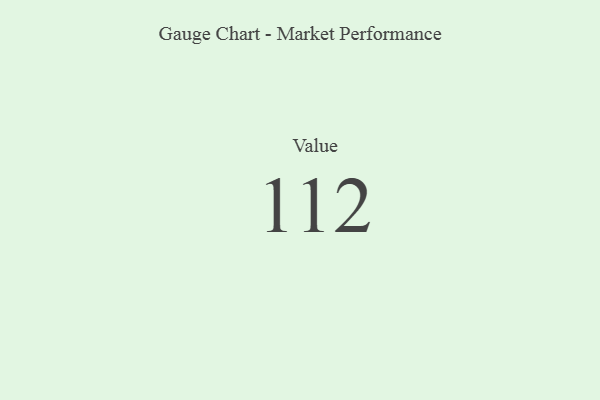
{"axis": {"x": "Metric", "y": "Value"}, "legend": [""], "data": [{"x": "Value", "y": 112, "type": ""}]}